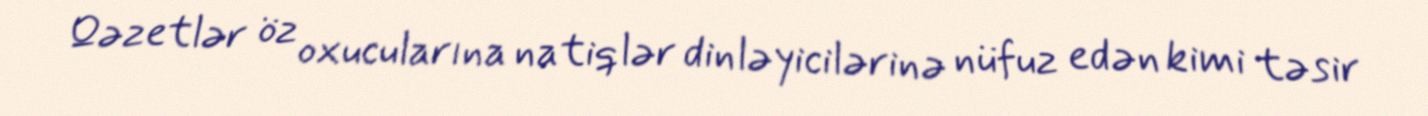
Qəzetlər öz oxucularına natiqlər dinləyicilərinə nüfuz edən kimi təsir